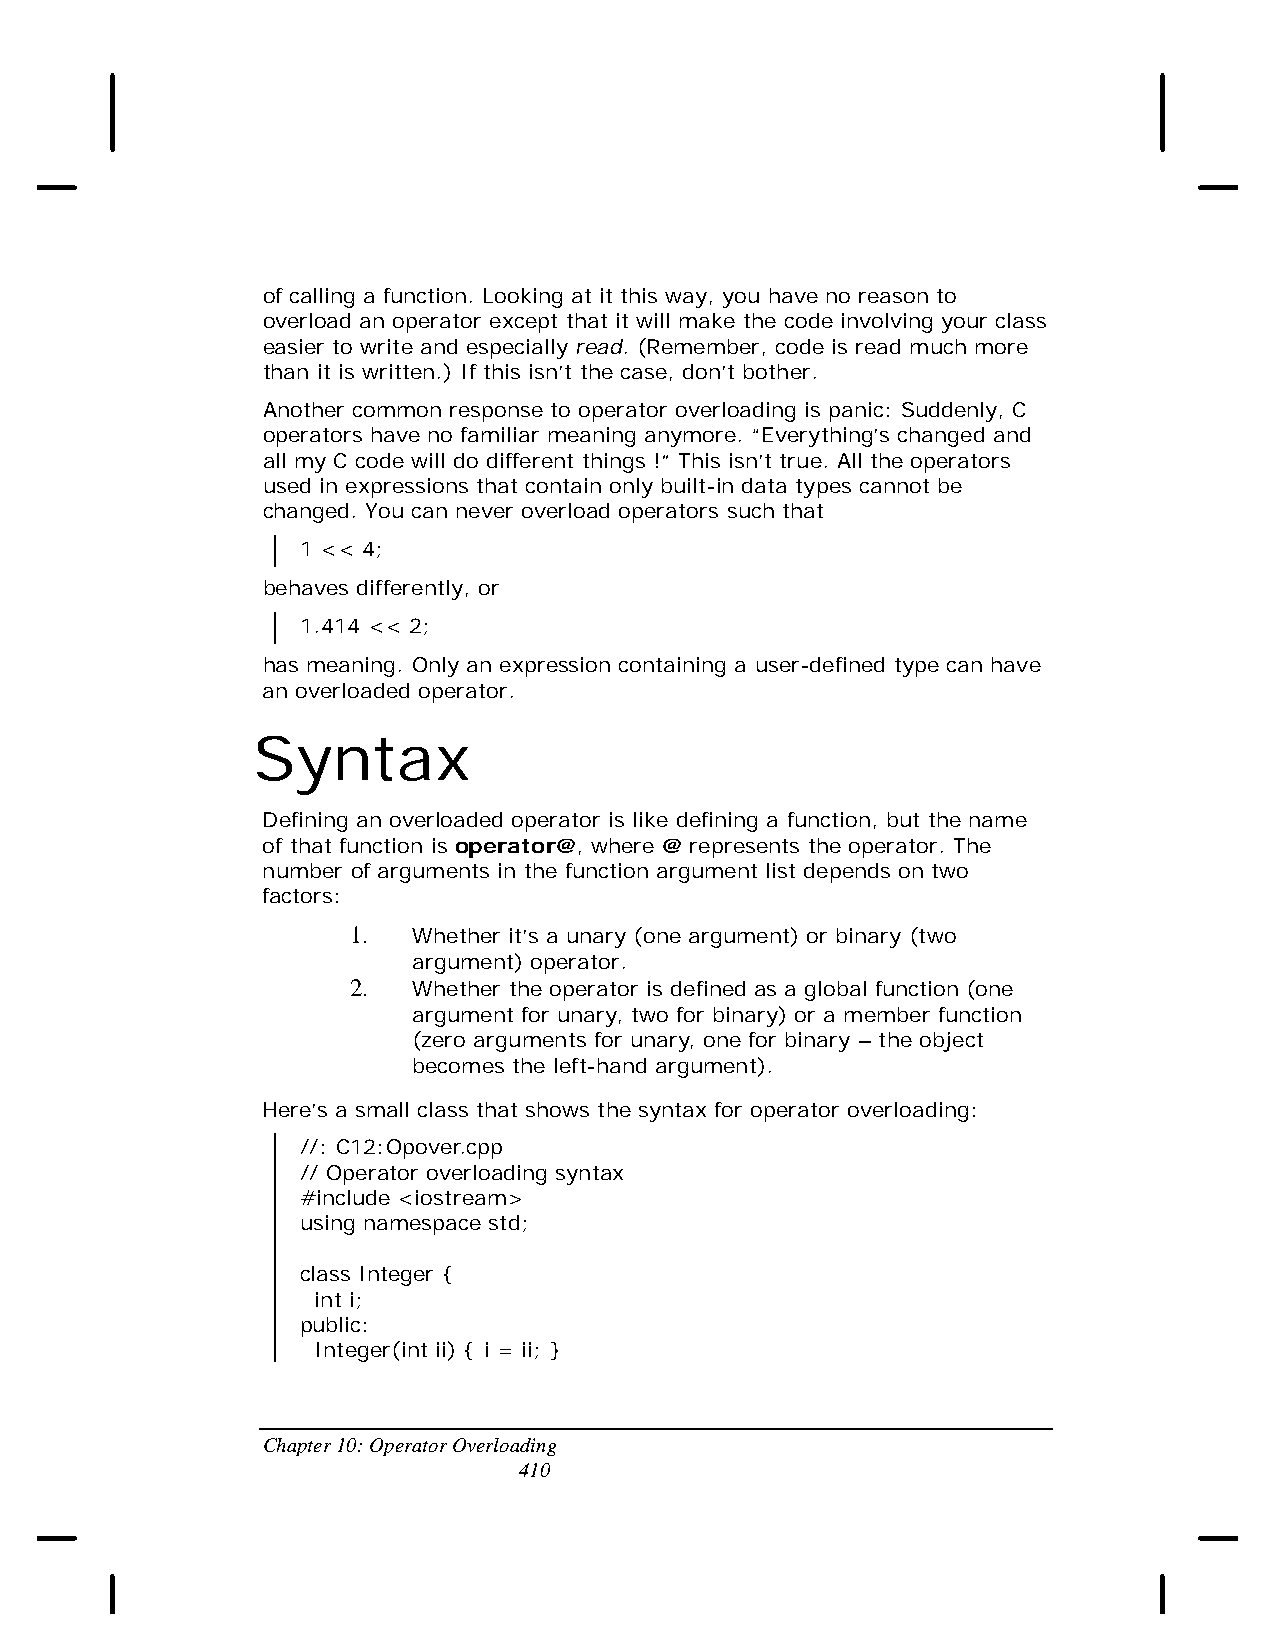
of calling a function. Looking at it this way, you have no reason to
 overload an operator except that it will make the code involving your class
 easier to write and especially read. (Remember, code is read much more
 than it is written.) If this isn’t the case, don’t bother.
 Another common response to operator overloading is panic: Suddenly, C
 operators have no familiar meaning anymore. “Everything’s changed and
 all my C code will do different things !” This isn’t true. All the operators
 used in expressions that contain only built-in data types cannot be
 changed. You can never overload operators such that
 1 << 4;
 behaves differently, or
 1.414 << 2;
 has meaning. Only an expression containing a user-defined type can have
 an overloaded operator.
 Syntax
 Defining an overloaded operator is like defining a function, but the name
 of that function is operator@, where @ represents the operator. The
 number of arguments in the function argument list depends on two
 factors:
 1.  Whether it’s a unary (one argument) or binary (two
 argument) operator.
 2.  Whether the operator is defined as a global function (one
 argument for unary, two for binary) or a member function
 (zero arguments for unary, one for binary – the object
 becomes the left-hand argument).
 Here’s a small class that shows the syntax for operator overloading:
 //: C12:Opover.cpp
 // Operator overloading syntax
 #include <iostream>
 using namespace std;
 class Integer {
 int i;
 public:
 Integer(int ii) { i = ii; }
 Chapter 10: Operator Overloading
 410